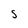
Character: 5